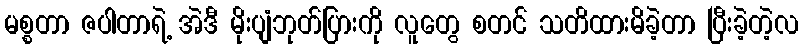
မစ္စတာ ဇပါတာရဲ့ အဲဒီ မိုးပျံဘုတ်ပြားကို လူတွေ စတင် သတိထားမိခဲ့တာ ပြီးခဲ့တဲ့လ